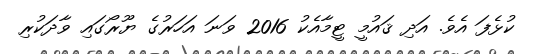
ކުޅެފަ އެވެ. އަދި ޤައުމީ ޓީމާއެކު 2016 ވަނަ އަހަރުގެ ޔޫރޯގައި ވާދަކުރި